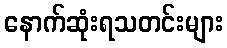
နောက်ဆုံးရသတင်းများ